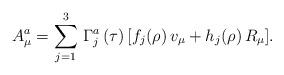
LaTeX: \begin{align*}A_\mu^a =\sum_{j=1}^3\,\Gamma^a_j\,(\tau)\,[f_j(\rho)\,v_\mu+h_j(\rho)\,R_\mu].\end{align*}